Government Evacuation Scheme: Educational provision, 1939
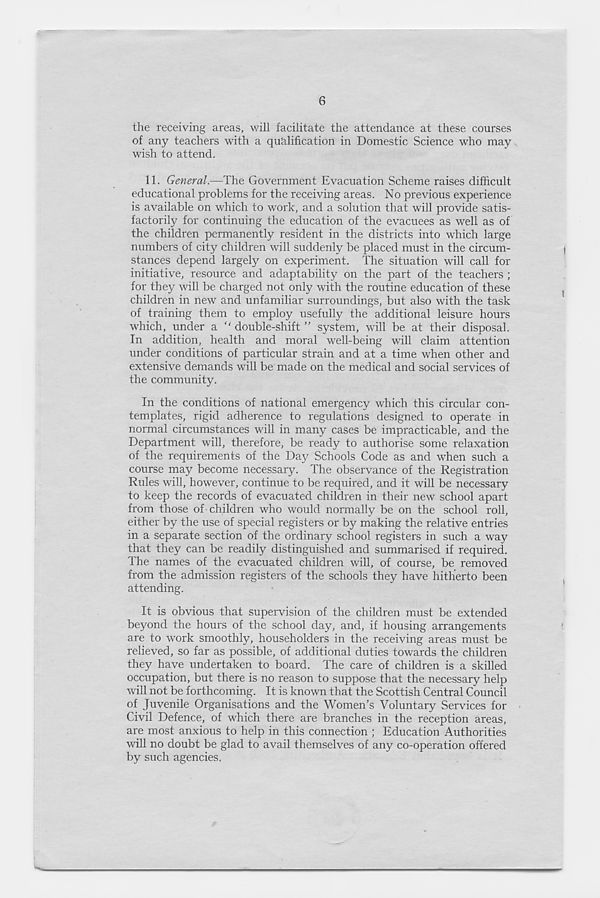
6
the receiving areas, will facilitate the attendance at these courses
of any teachers with a qualification in Domestic Science who may
wish to attend.
11. General.—The Government Evacuation Scheme raises difficult
educational problems for the receiving areas. No previous experience
is available on which to work, and a solution that will provide satis-
factorily for continuing the education of the evacuees as well as of
the children permanently resident in the districts into which large
numbers of city children will suddenly be placed must in the circum-
stances depend largely on experiment. The situation will call for
initiative, resource and adaptability on the part of the teachers ;
for they will be charged not only with the routine education of these
children in new and unfamiliar surroundings, but also with the task
of training them to employ usefully the additional leisure hours
which, under a “ double-shift ” system, will be at their disposal.
In addition, health and moral well-being will claim attention
under conditions of particular strain and at a time when other and
extensive demands will be made on the medical and social services of
the community.
In the conditions of national emergency which this circular con-
templates, rigid adherence to regulations designed to operate in
normal circumstances will in many cases be impracticable, and the
Department will, therefore, be ready to authorise some relaxation
of the requirements of the Day Schools Code as and when such a
course may become necessary. The observance of the Registration
Rules will, however, continue to be required, and it will be necessary
to keep the records of evacuated children in their new school apart
from those of children who would normally be on the school roll,
either by the use of special registers or by making the relative entries
in a separate section of the ordinary school registers in such a way
that they can be readily distinguished and summarised if required.
The names of the evacuated children will, of course, be removed
from the admission registers of the schools they have hitherto been
attending.
It is obvious that supervision of the children must be extended
beyond the hours of the school day, and, if housing arrangements
are to work smoothly, householders in the receiving areas must be
relieved, so far as possible, of additional duties towards the children
they have undertaken to board. The care of children is a skilled
occupation, but there is no reason to suppose that the necessary help
will not be forthcoming. It is known that the Scottish Central Council
of Juvenile Organisations and the Women’s Voluntary Services for
Civil Defence, of which there are branches in the reception areas,
are most anxious to help in this connection ; Education Authorities
will no doubt be glad to avail themselves of any co-operation offered
by such agencies.